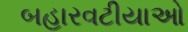
બહારવટીયાઓ